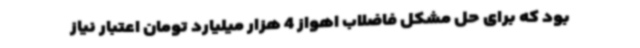
بود که برای حل مشکل فاضلاب اهواز 4 هزار میلیارد تومان اعتبار نیاز